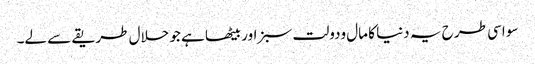
سو اسی طر ح یہ دنیا کا مال ودولت سبز اور بیٹھا ہے جو حلال طریقے سے لے۔